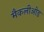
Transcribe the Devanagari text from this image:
मैकलीओड